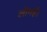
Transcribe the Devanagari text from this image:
लीगई।